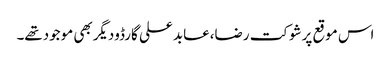
اس موقع پرشوکت رضا،عابد علی گارڈودیگربھی موجودتھے۔